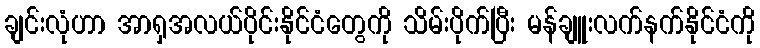
ချင်းလုံဟာ အာရှအလယ်ပိုင်းနိုင်ငံတွေကို သိမ်းပိုက်ပြီး မန်ချူးလက်နက်နိုင်ငံကို